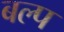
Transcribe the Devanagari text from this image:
बल्प